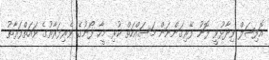
އޮފިޝަލް ވިދާޅުވީ ފޮނު ފޭރިގަންނަން މަސައްކަތް ކުރި މީހާ ފޯނުގެ ވެރިފަރާތުގެ ވައަތްފަރާތު